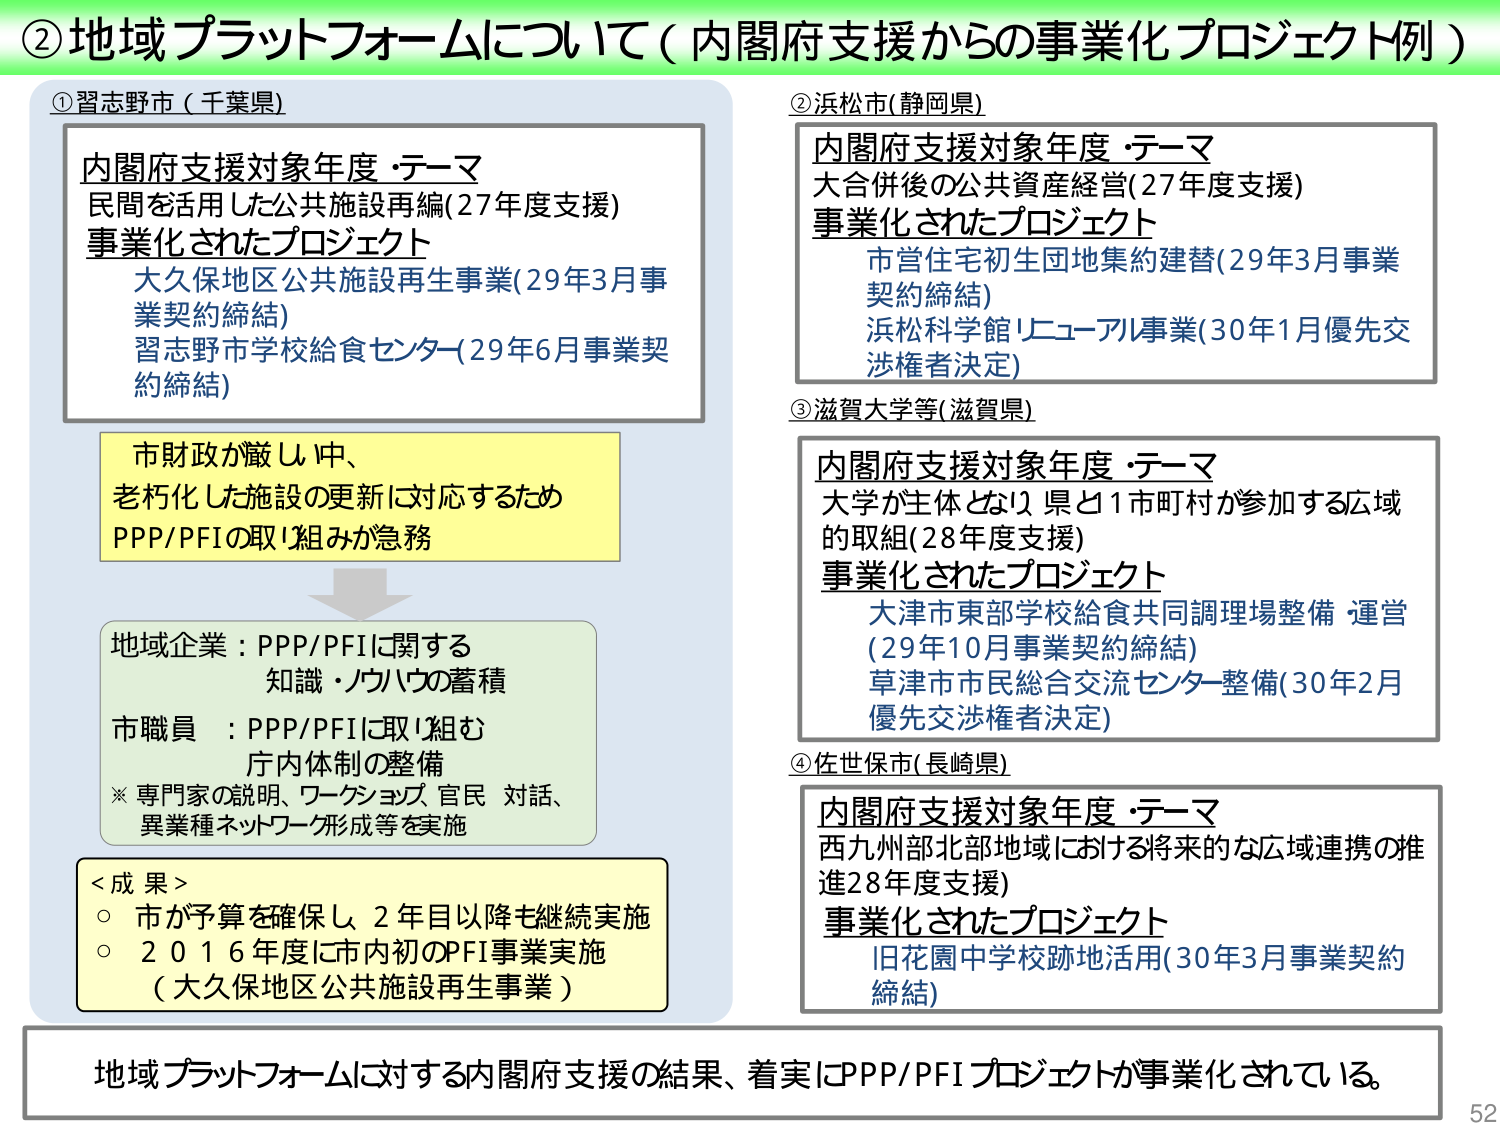
②地域プラットフォームについて（内閣府支援からの事業化プロジェクト例）

①習志野市（千葉県）
内閣府支援対象年度・テーマ
民間を活用した公共施設再編（27年度支援）
事業化されたプロジェクト
　大久保地区公共施設再生事業（29年3月事業契約締結）
　習志野市学校給食センター（29年6月事業契約締結）

市財政が厳しい中、
老朽化した施設の更新に対応するため
PPP/PFIの取り組みが急務

地域企業：PPP/PFIに関する
　　　　　知識・ノウハウの蓄積
市職員　：PPP/PFIに取り組む
　　　　　庁内体制の整備
※専門家の説明、ワークショップ、官民対話、
　異業種ネットワーク形成等を実施

＜成果＞
○市が予算を確保し、2年目以降も継続実施
○2016年度に市内初のPFI事業実施
　（大久保地区公共施設再生事業）

②浜松市（静岡県）
内閣府支援対象年度・テーマ
大合併後の公共資産経営（27年度支援）
事業化されたプロジェクト
　市営住宅初生団地集約建替（29年3月事業契約締結）
　浜松科学館リニューアル事業（30年1月優先交渉権者決定）

③滋賀大学等（滋賀県）
内閣府支援対象年度・テーマ
大学が主体となり、県と1市町村が参加する広域的取組（28年度支援）
事業化されたプロジェクト
　大津市東部学校給食共同調理場整備・運営
　（29年10月事業契約締結）
　草津市市民総合交流センター整備（30年2月優先交渉権者決定）

④佐世保市（長崎県）
内閣府支援対象年度・テーマ
西九州部北部地域における将来的な広域連携の推進（28年度支援）
事業化されたプロジェクト
　旧花園中学校跡地活用（30年3月事業契約締結）

地域プラットフォームに対する内閣府支援の結果、着実にPPP/PFIプロジェクトが事業化されている。

52